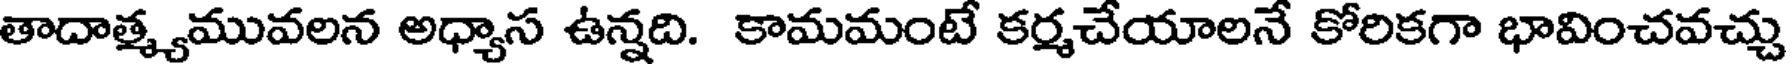
తాదాత్మ్యమువలన అధ్యాస ఉన్నది. కామమంటే కర్మచేయాలనే కోరికగా భావించవచ్చు